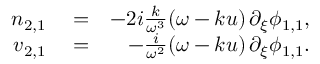
\begin{array} { r l r } { n _ { 2 , 1 } } & { { } = } & { - 2 i \frac { k } { \omega ^ { 3 } } ( \omega - k u ) \, \partial _ { \xi } \phi _ { 1 , 1 } , } \\ { v _ { 2 , 1 } } & { { } = } & { - \frac { i } { \omega ^ { 2 } } ( \omega - k u ) \, \partial _ { \xi } \phi _ { 1 , 1 } . } \end{array}